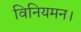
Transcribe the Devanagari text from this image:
विनियमन।